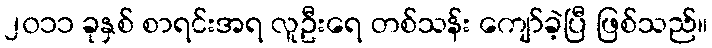
၂၀၁၁ ခုနှစ် စာရင်းအရ လူဦးရေ တစ်သန်း ကျော်ခဲ့ပြီ ဖြစ်သည်။